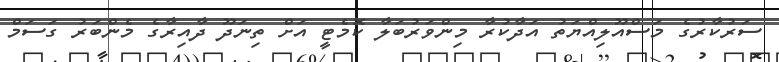
ސަރުކާރުގެ މަސްއޫލިއްޔަތު އަދާކުރާ މިންވަރުބަލާ ކޮމެޓީ އަށް ތިނަދޫ ދާއިރާގެ މެންބަރު ގަސަމް